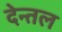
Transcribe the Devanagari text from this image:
देन्तल